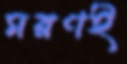
মরণই